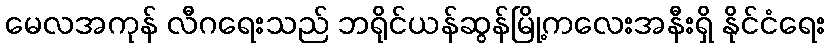
မေလအကုန် လီဂရေးသည် ဘရိုင်ယန်ဆွန်မြို့ကလေးအနီးရှိ နိုင်ငံရေး